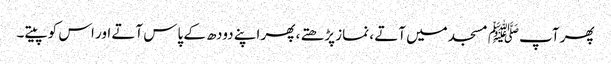
پھر آپﷺ مسجد میں آتے ، نماز پڑھتے ، پھر اپنے دودھ کے پاس آتے اور اس کو پیتے۔